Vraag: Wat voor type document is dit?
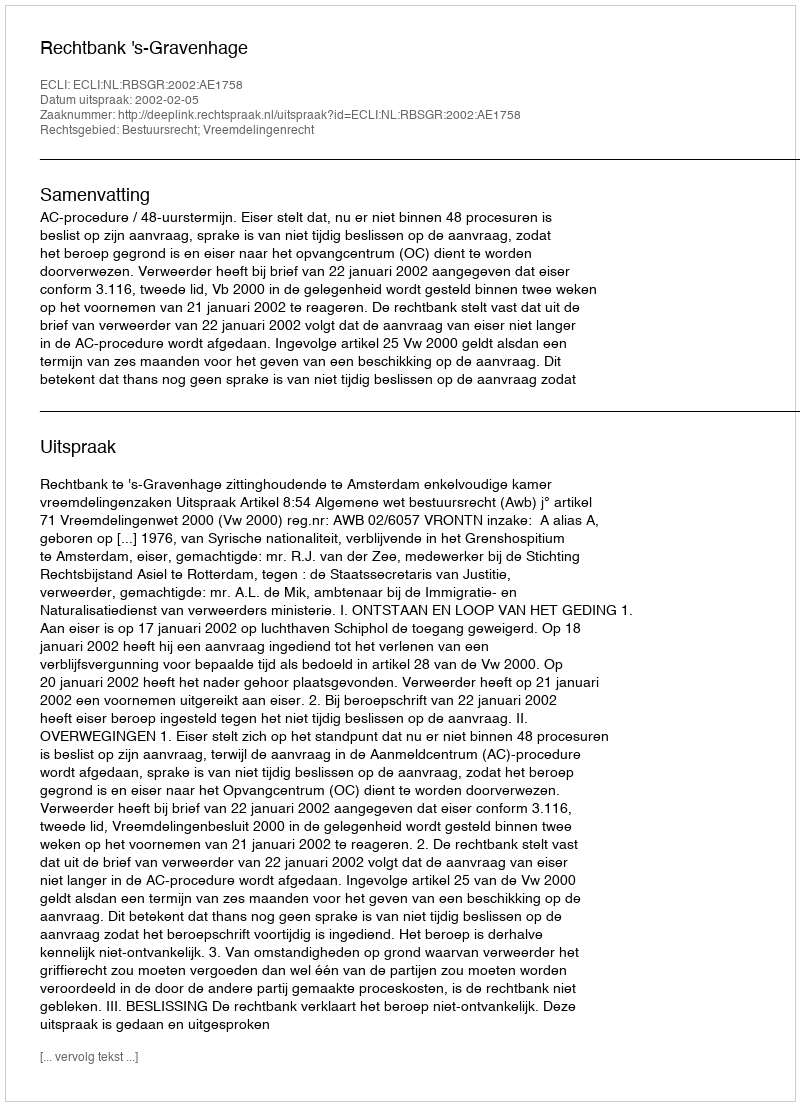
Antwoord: Uitspraak